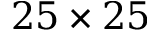
2 5 \times 2 5